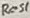
Text: Res1